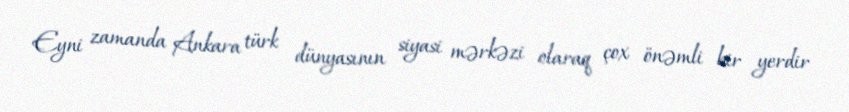
Eyni zamanda Ankara türk dünyasının siyasi mərkəzi olaraq çox önəmli bir yerdir